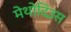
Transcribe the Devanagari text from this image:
मेथोदिउस